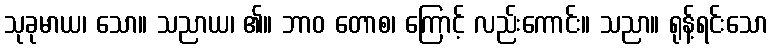
သုခုမာယ၊ သော။ သညာယ၊ ၏။ ဘာဝ တောစ၊ ကြောင့် လည်းကောင်း။ သညာ။ ရုန့်ရင်းသော